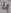
Text: 4